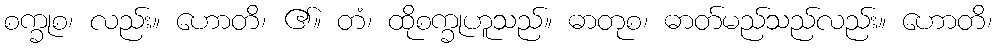
စက္ခုစ၊ လည်း။ ဟောတိ၊ ၏။ တံ၊ ထိုစက္ခုဟူသည်။ ဓာတုစ၊ ဓာတ်မည်သည်လည်း။ ဟောတိ၊